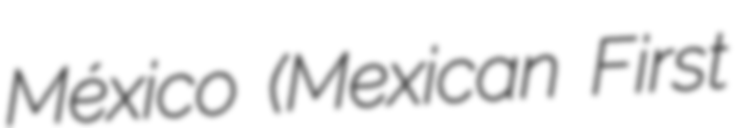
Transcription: México (Mexican First